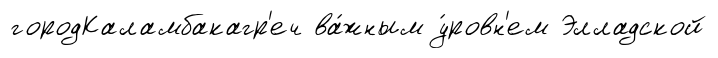
городКаламбакагр'еч ва́жным у́ровн'ем Элладской